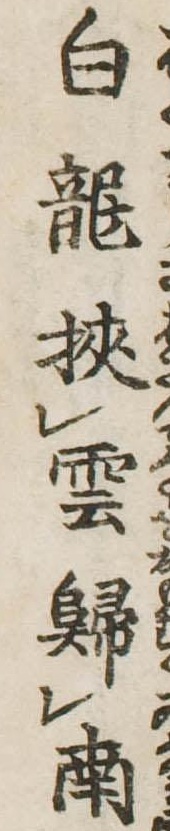
白竜挟雲帰南